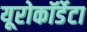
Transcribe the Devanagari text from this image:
यूरोकॉर्डेटा